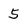
Character: 5